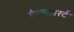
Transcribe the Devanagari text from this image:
ग्रैवनहार्स्ट